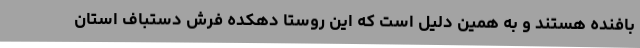
بافنده هستند و به همین دلیل است که این روستا دهکده فرش دستباف استان